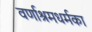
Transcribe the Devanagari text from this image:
वर्णाश्रमधर्मका